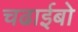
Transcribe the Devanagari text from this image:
चढाईबो